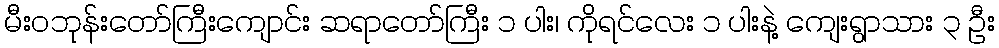
မီးဝဘုန်းတော်ကြီးကျောင်း ဆရာတော်ကြီး ၁ ပါး၊ ကိုရင်လေး ၁ ပါးနဲ့ ကျေးရွာသား ၃ ဦး